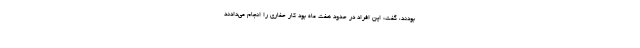
بودند، گفت: این افراد در حدود هفت ماه بود کار حفاری را انجام می‌دادند